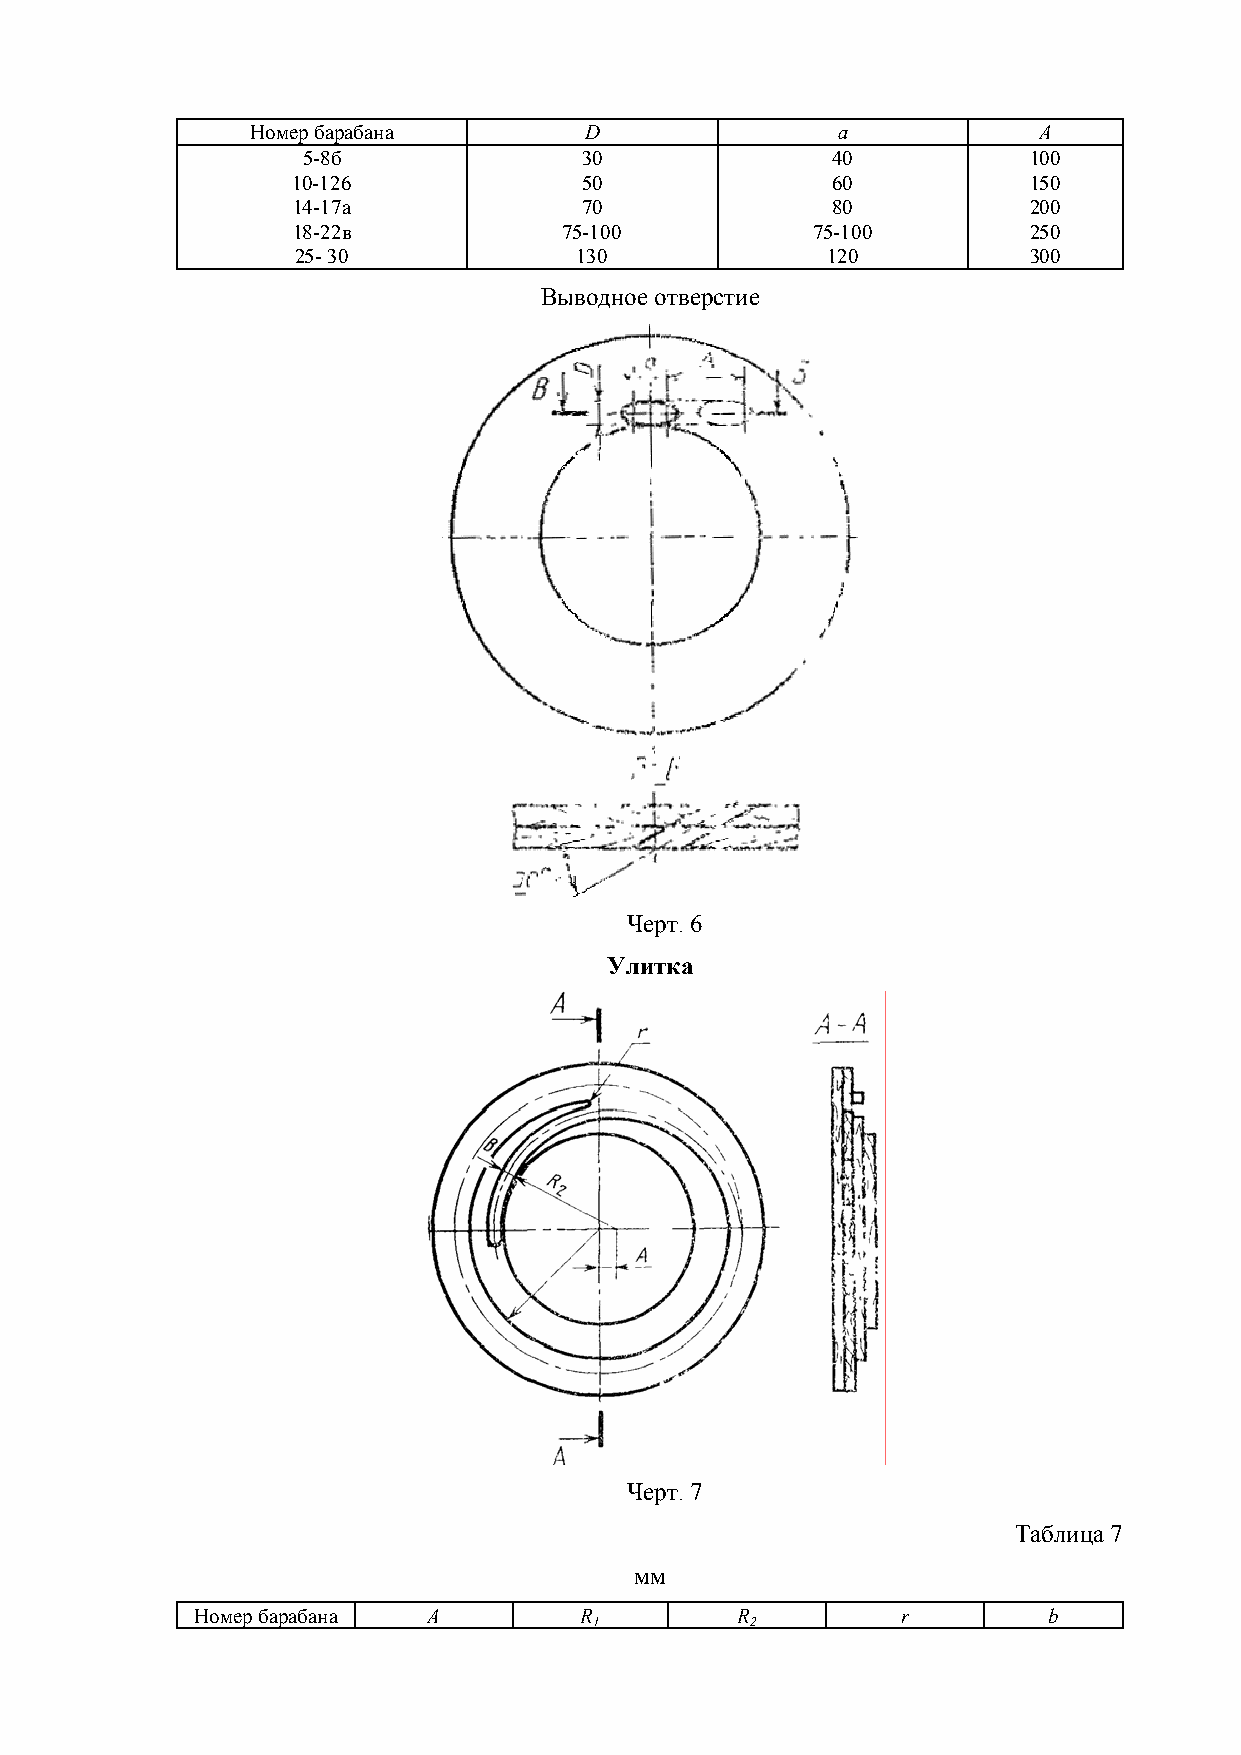
Номер барабана        D               а             A
 5-8б              30               40           100
 10-126             50               60           150
 14-17а             70               80           200
 18-22в            75-100           75-100        250
 25- 30            130              120          300
 Выводное отверстие
 Черт. 6
 Улитка
 Черт. 7
 Таблица 7
 мм
 Номер барабана А         R          R          r        b
 1          2